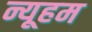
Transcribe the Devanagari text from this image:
न्यूहम